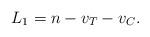
LaTeX: \begin{align*} L_1 = n - v_T - v_C.\end{align*}